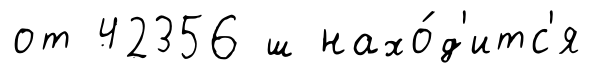
от 42356 ш нахо́д'итс'я